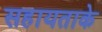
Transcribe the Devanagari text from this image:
सहायताके